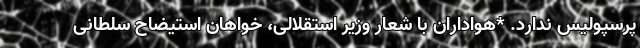
پرسپولیس ندارد. *هواداران با شعار وزیر استقلالی، خواهان استیضاح سلطانی